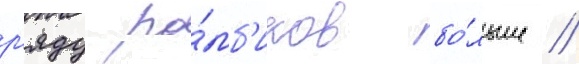
р'яду ро́мб'иков бо́льше //